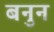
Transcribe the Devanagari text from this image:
बनुन